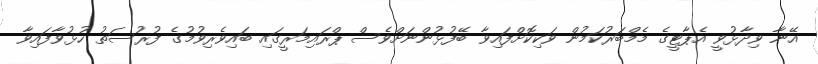
އޭނާ ވިދާޅުވީ އެޕާޓީގެ މެމްބަރުކަމުން ވަކިކޮށްފައިވާ ބޭފުޅުންނަށްވެސް ޕްރައިމަރީގައި ބައިވެރިވުމުގެ ފުރުސަތު ހުޅުވާފައިވާ